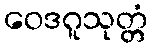
ဝေဒဂူသုတ္တံ